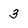
Character: 3